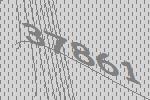
37861